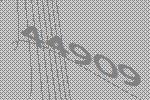
44909